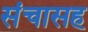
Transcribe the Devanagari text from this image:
संचासह